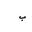
Letter: _ba